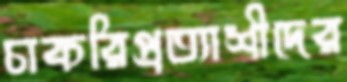
চাকরিপ্রত্যাশীদের